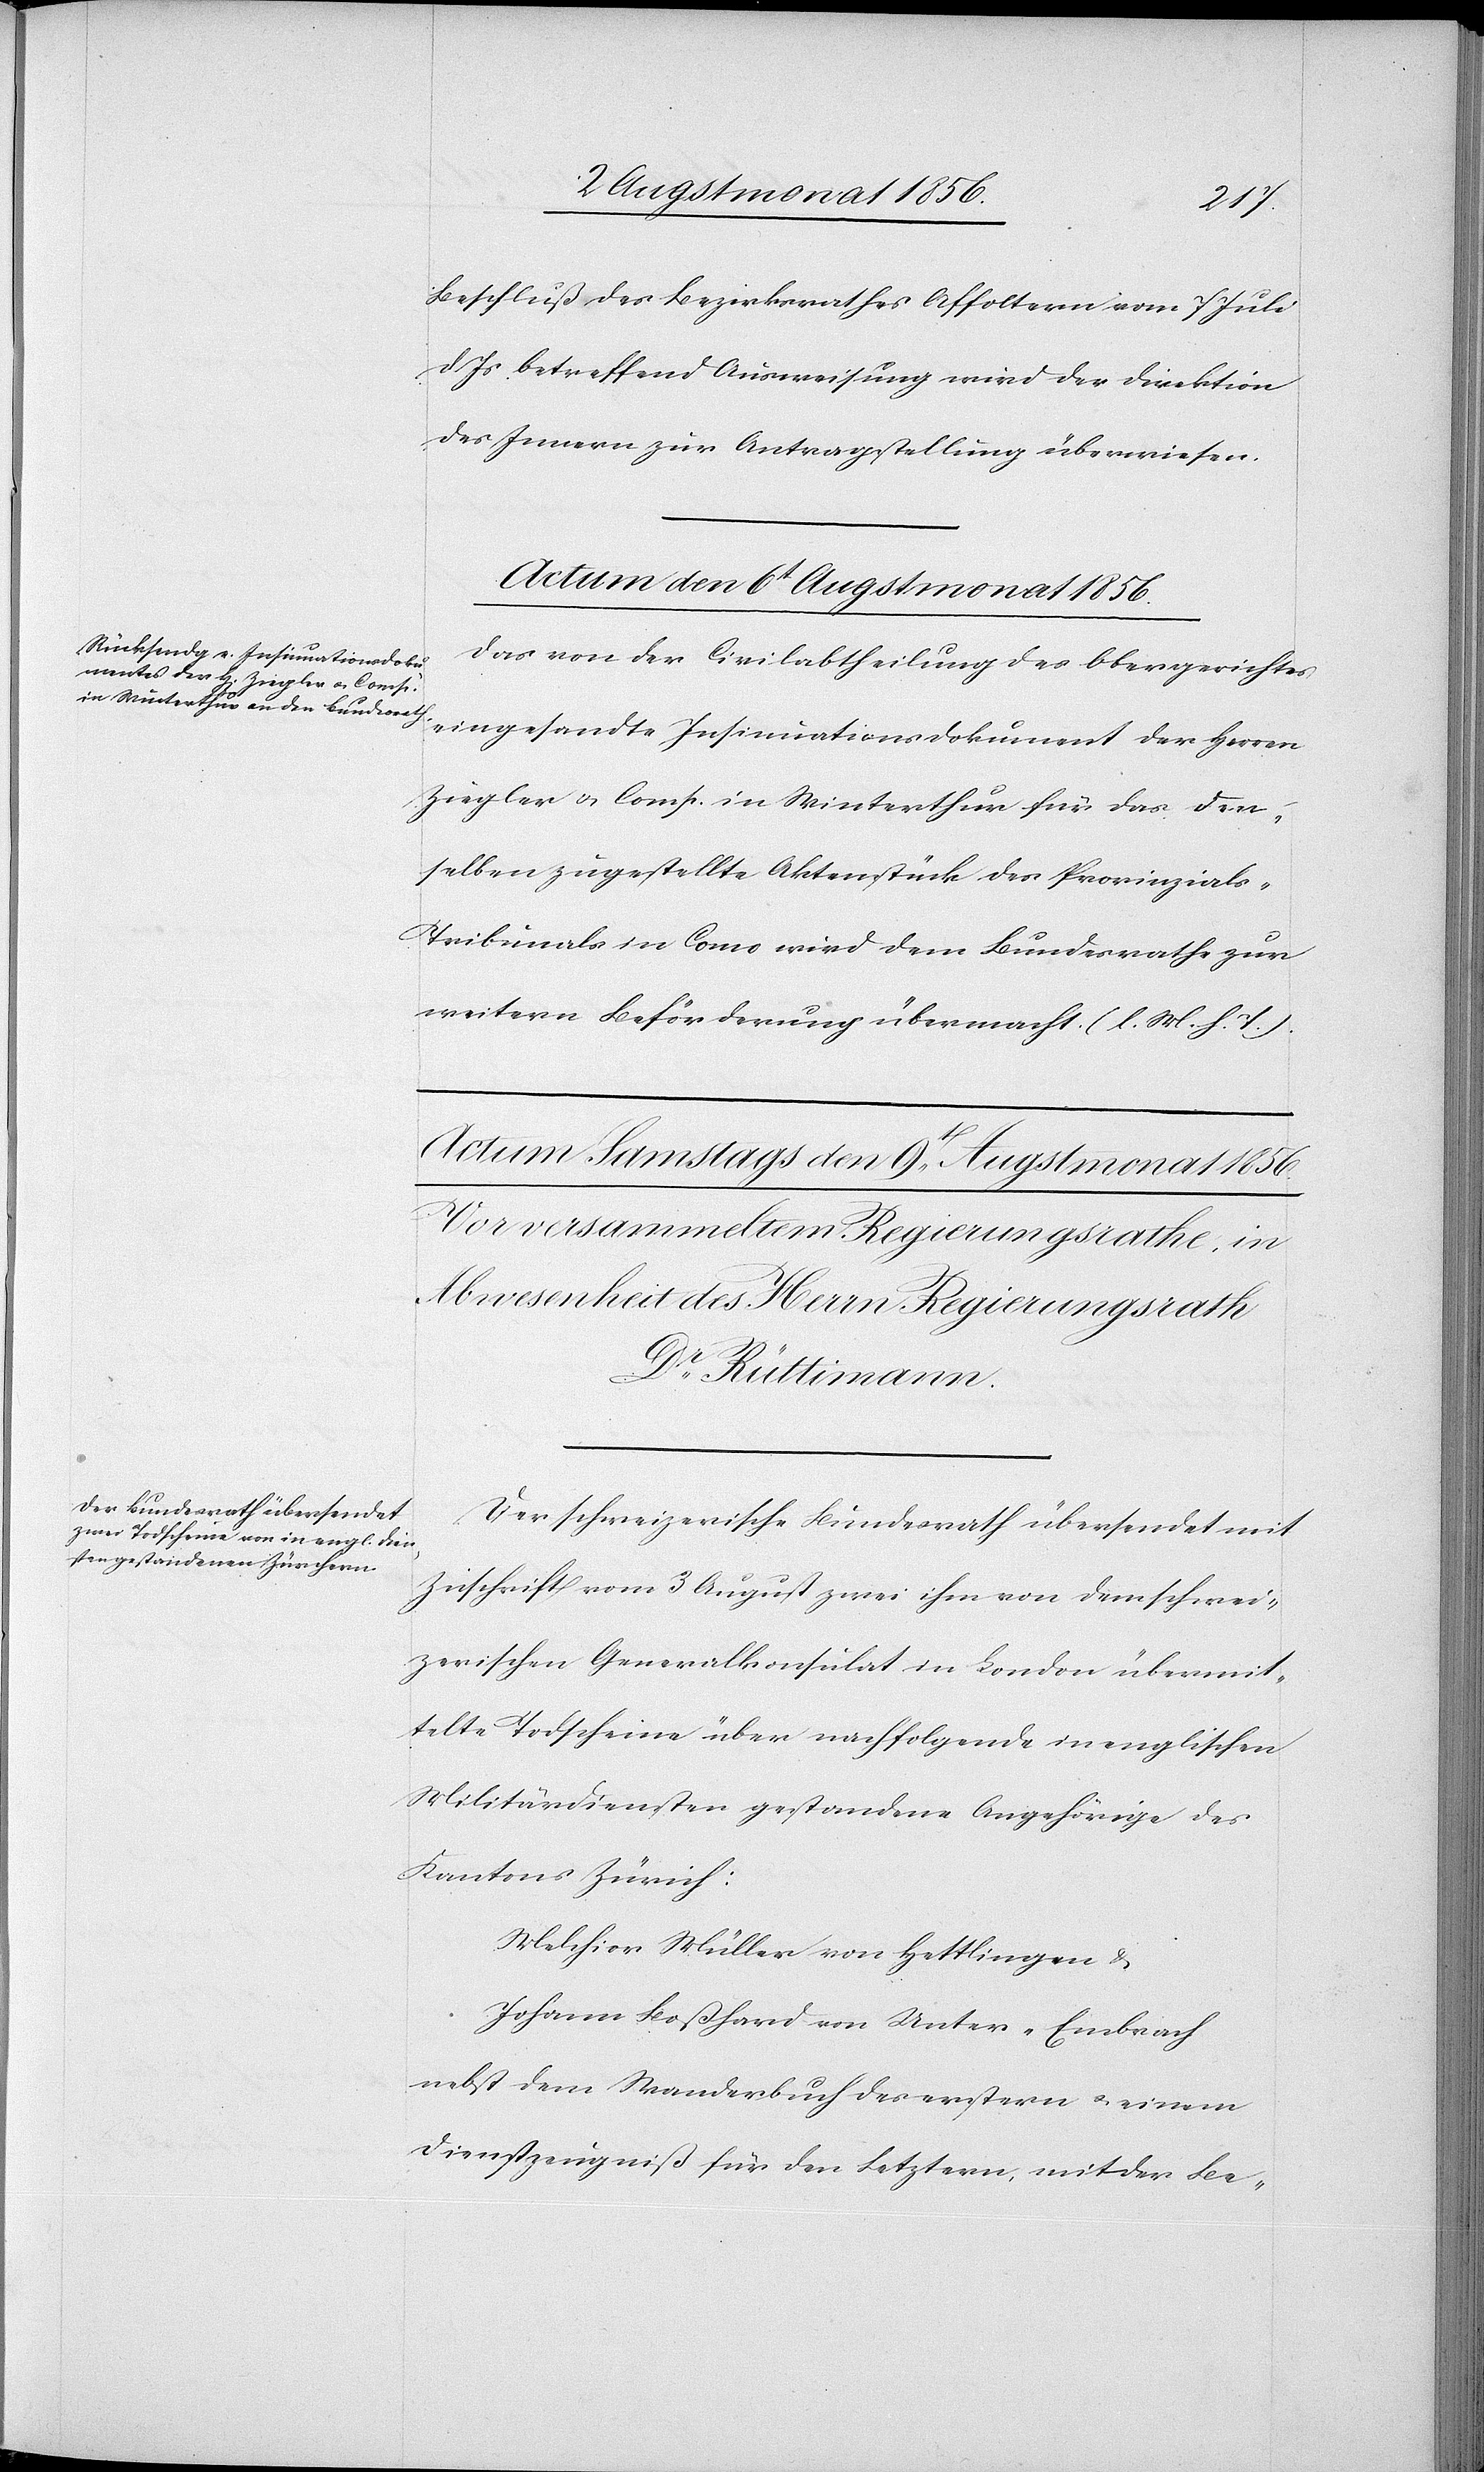
Beschluß des Bezirksrathes Affoltern vom 7 Juli
d. Js betreffend Ausweisung wird der Direktion
des Innern zur Antragstellung überwiesen.
Actum den 6t Augstmonat 1856.
Das von der Civilabtheilung des Obergerichtes
eingesandte Insinuationsdokument der Herren
Ziegler u. Comp. in Winterthur für das den¬
selben zugestellte Aktenstück des Provinzials-T¬
ribunals in Como wird dem Bundesrathe zur
weitern Beförderung übermacht. (l. M. h. T.).
Der schweizerische Bundesrath übersendet mit
Zuschrift vom 3 August zwei ihm von dem schwei¬
zerischen Generalkonsulat in London übermit¬
telte Todscheine über nachfolgende in englischen
Militärdiensten gestandene Angehörige des
Kantons Zürich:
Melchior Müller von Hettlingen &
Johann Boßhard von Unter-Embrach
nebst dem Wanderbuch des erstern u. einem
Dienstzeugnis für den Letztern, mit der Be-